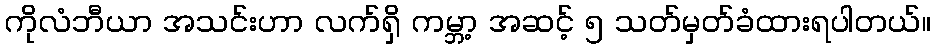
ကိုလံဘီယာ အသင်းဟာ လက်ရှိ ကမ္ဘာ့ အဆင့် ၅ သတ်မှတ်ခံထားရပါတယ်။